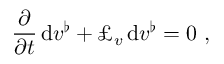
\frac \partial { \partial t } \, \mathrm { d } v ^ { \flat } + \pounds _ { v } \, \mathrm { d } v ^ { \flat } = 0 \ ,